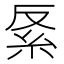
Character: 𥾩